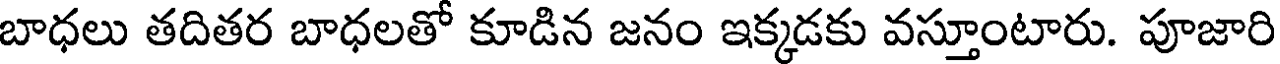
బాధలు తదితర బాధలతో కూడిన జనం ఇక్కడకు వస్తూంటారు. పూజారి